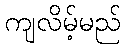
ကျလိမ့်မည်